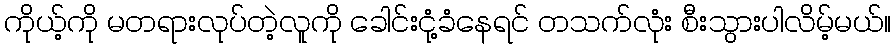
ကိုယ့်ကို မတရားလုပ်တဲ့လူကို ခေါင်းငုံ့ခံနေရင် တသက်လုံး စီးသွားပါလိမ့်မယ်။